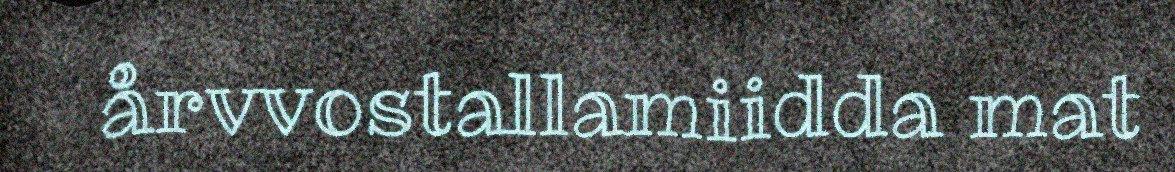
årvvostallamiidda mat